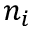
n _ { i }